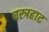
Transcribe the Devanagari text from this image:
वस्त्रहाट